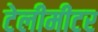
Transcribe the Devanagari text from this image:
टेलीमीटर